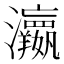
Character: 𱪙